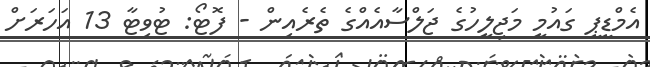
އެމްޑީޕީ ގައުމީ މަޖިލީހުގެ ޖަލްސާއެއްގެ ތެރެއިން - ފޮޓޯ: ޓުވިޓާ 13 އަަހަރަށް